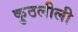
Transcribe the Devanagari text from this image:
कुठलीली